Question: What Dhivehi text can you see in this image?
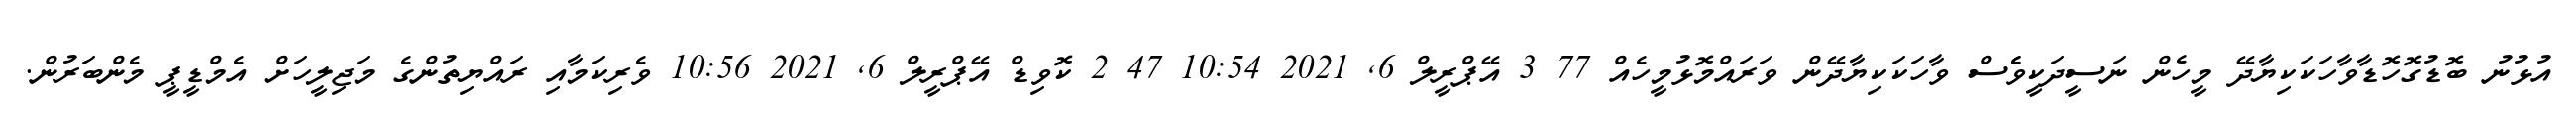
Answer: އުޅުނު ބޮޑުގޮހޮޑާވާހަކަކިޔާދޭ މީހެން ނަސީދަކީވެެސް ވާހަކަކިޔާދޭން ވަރައްމޮޅުމީހެއް 77 3 އޭޕްރީލް 6, 2021 10:54 47 2 ކޮވިޑް އޭޕްރީލް 6, 2021 10:56 ވެރިކަމާއި ރައްޔިތުންގެ މަޖިލީހަށް އެމްޑީޕީ މެންބަރުން.